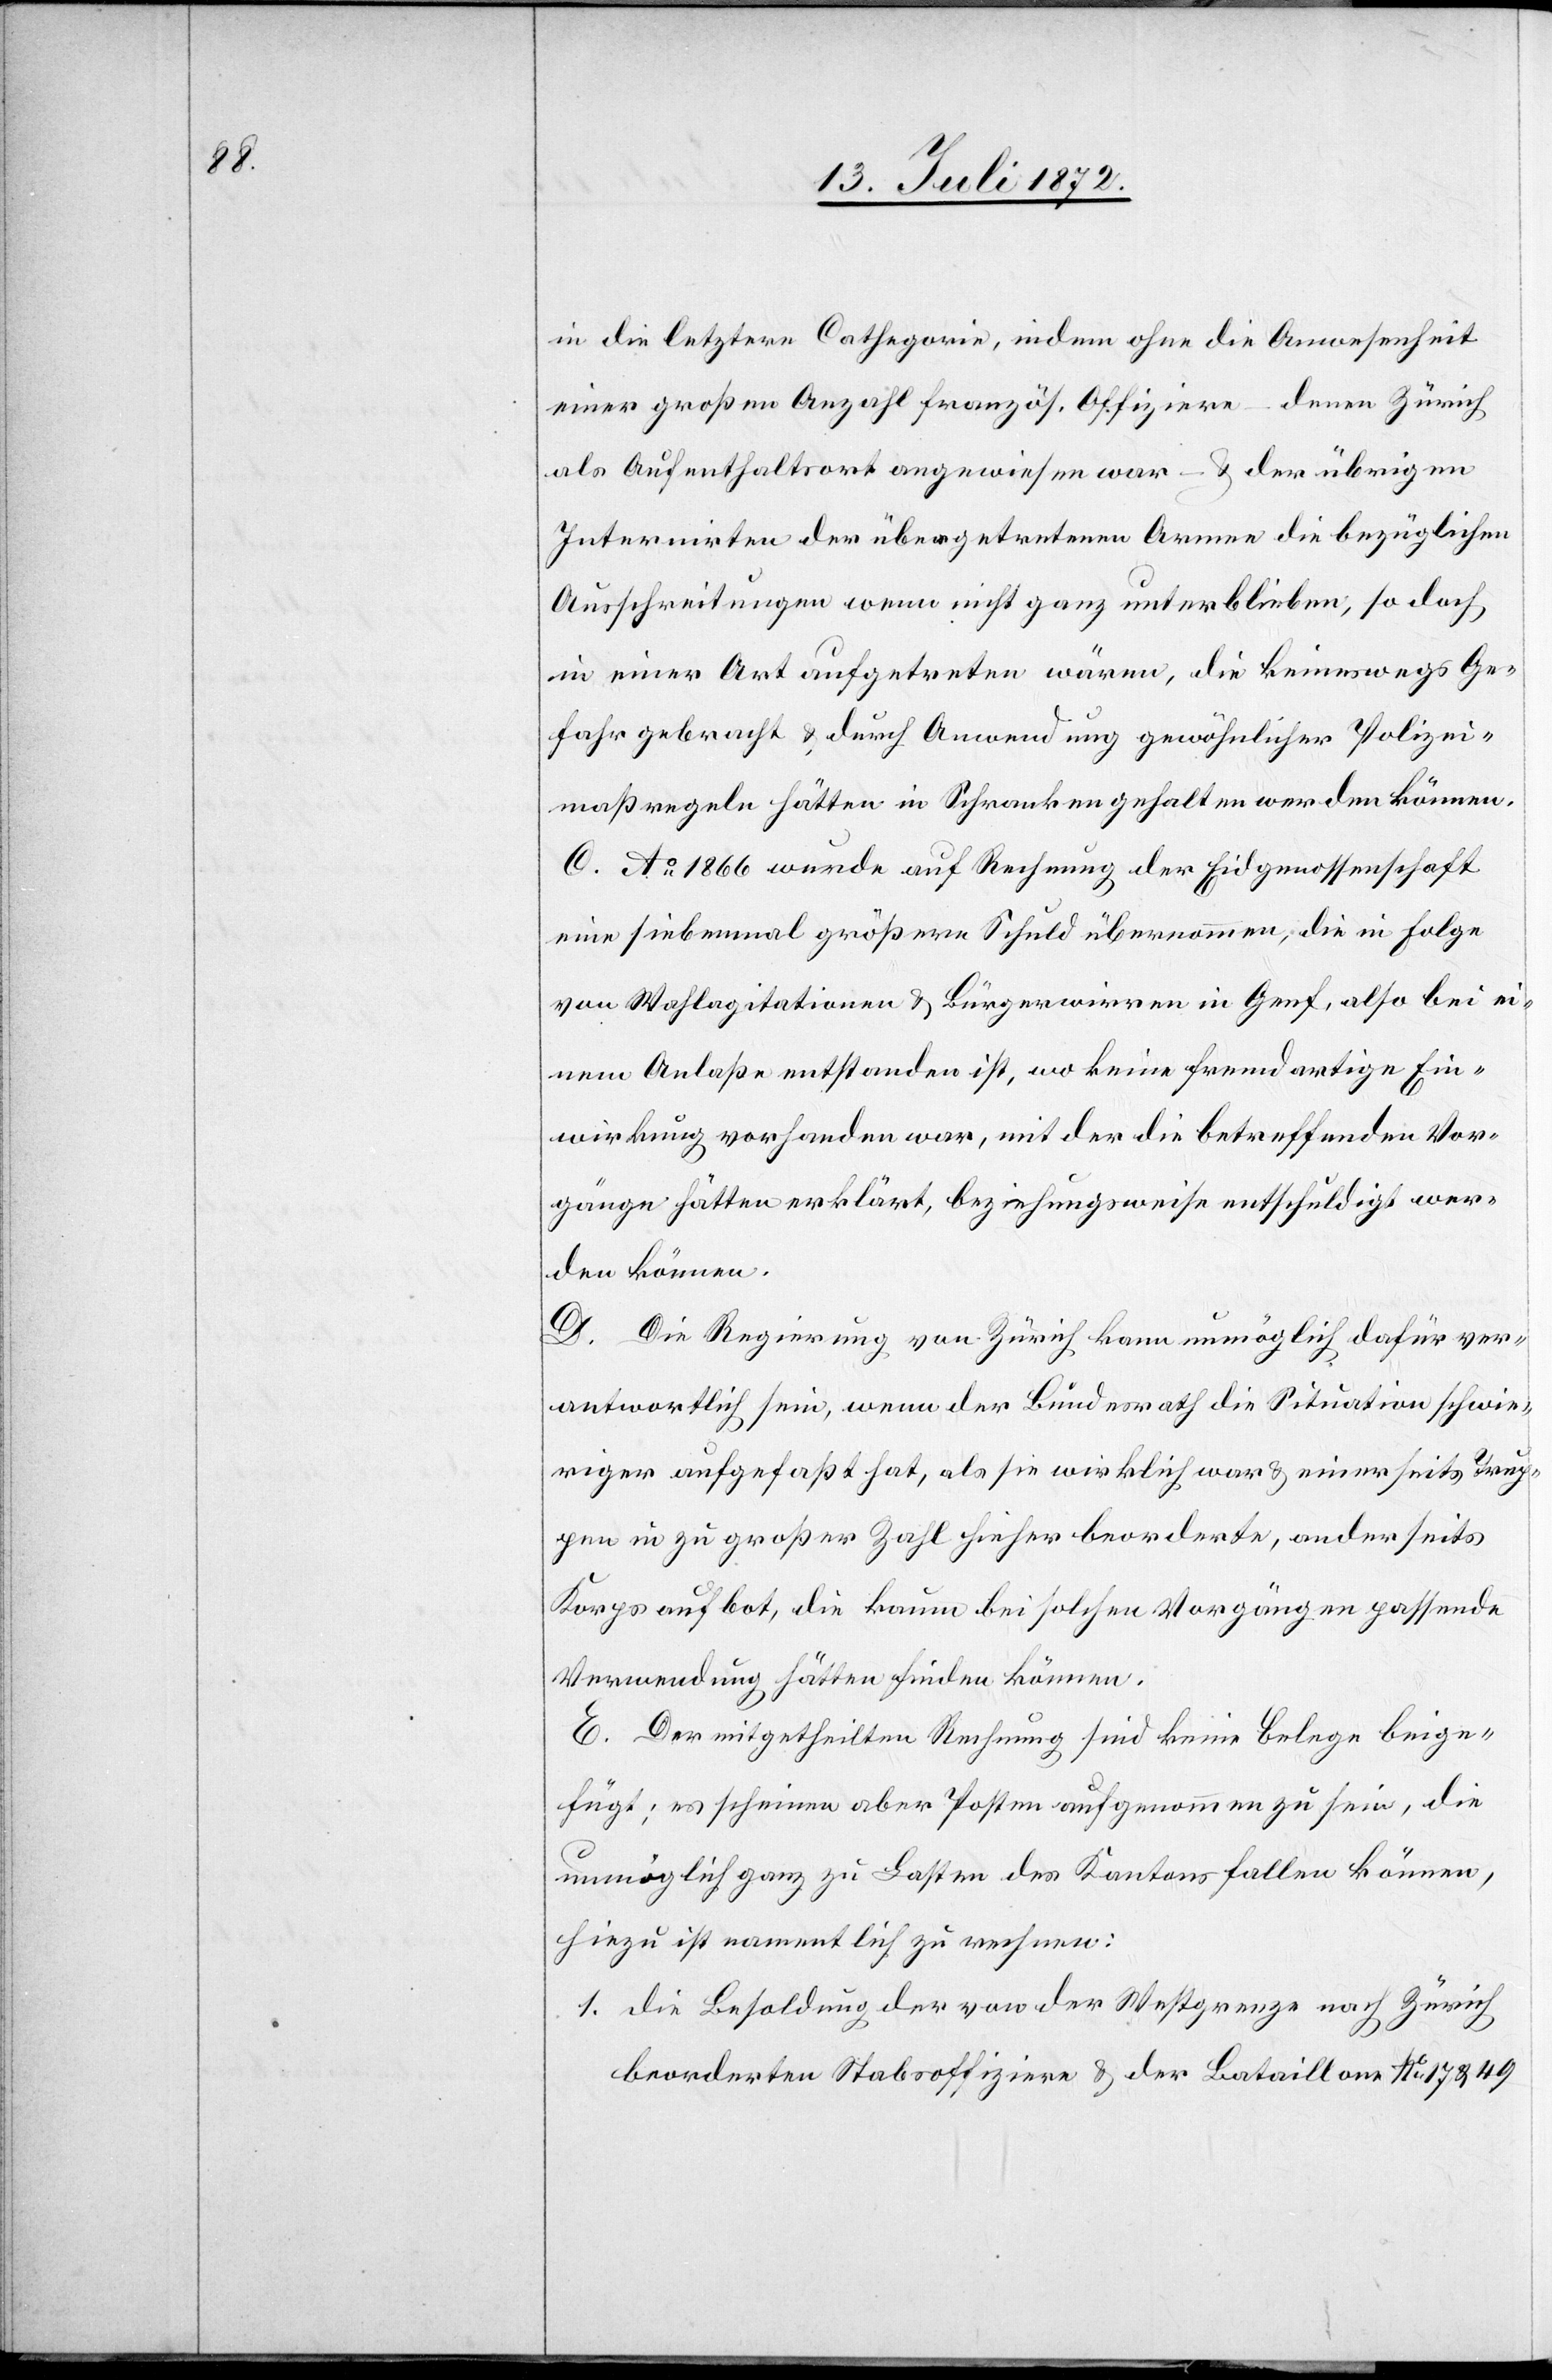
in die letztere Cathegorie, indem ohne die Anwesenheit
einer großen Anzahl französ. Offiziere – denen Zürich
als Aufenthaltsort angewiesen war – u. der übrigen
Internirten der übergetretenen Armee die bezüglichen
Ausschreitungen wenn nicht ganz unterblieben, so doch
in einer Art aufgetreten wären, die keineswegs Ge¬
fahr gebracht u. durch Anwendung gewöhnlicher Polizei¬
maßregeln hätten in Schranken gehalten werden können.
C. Ao 1866 wurde auf Rechnung der Eidgenossenschaft
eine siebenmal größere Schuld übernommen, die in Folge
von Wahlagitationen u. Bürgerwirren in Genf, also bei ei¬
nem Anlaße entstanden ist, wo keine fremdartige Ein¬
wirkung vorhanden war, mit der die betreffenden Vor¬
gänge hätten erklärt, beziehungsweise entschuldigt wer¬
den können.
D. Die Regierung von Zürich kann unmöglich dafür ver¬
antwortlich sein, wenn der Bundesrath die Situation schwie¬
riger aufgefaßt hat, als sie wirklich war u. einerseits Trup¬
pen in zu großer Zahl hieher beorderte, anderseits
Korps aufbot, die kaum bei solchen Vorgängen passende
Verwendung hätten finden können.
E. Der mitgetheilten Rechnung sind keine Belege beige¬
fügt; es scheinen aber Posten aufgenommen zu sein, die
unmöglich ganz zu Lasten des Kantons fallen können,
hiezu ist namentlich zu rechnen:
1. die Besoldung der von der Westgrenze nach Zürich
beorderten Stabsoffiziere u. der Bataillone No 17 u. 49